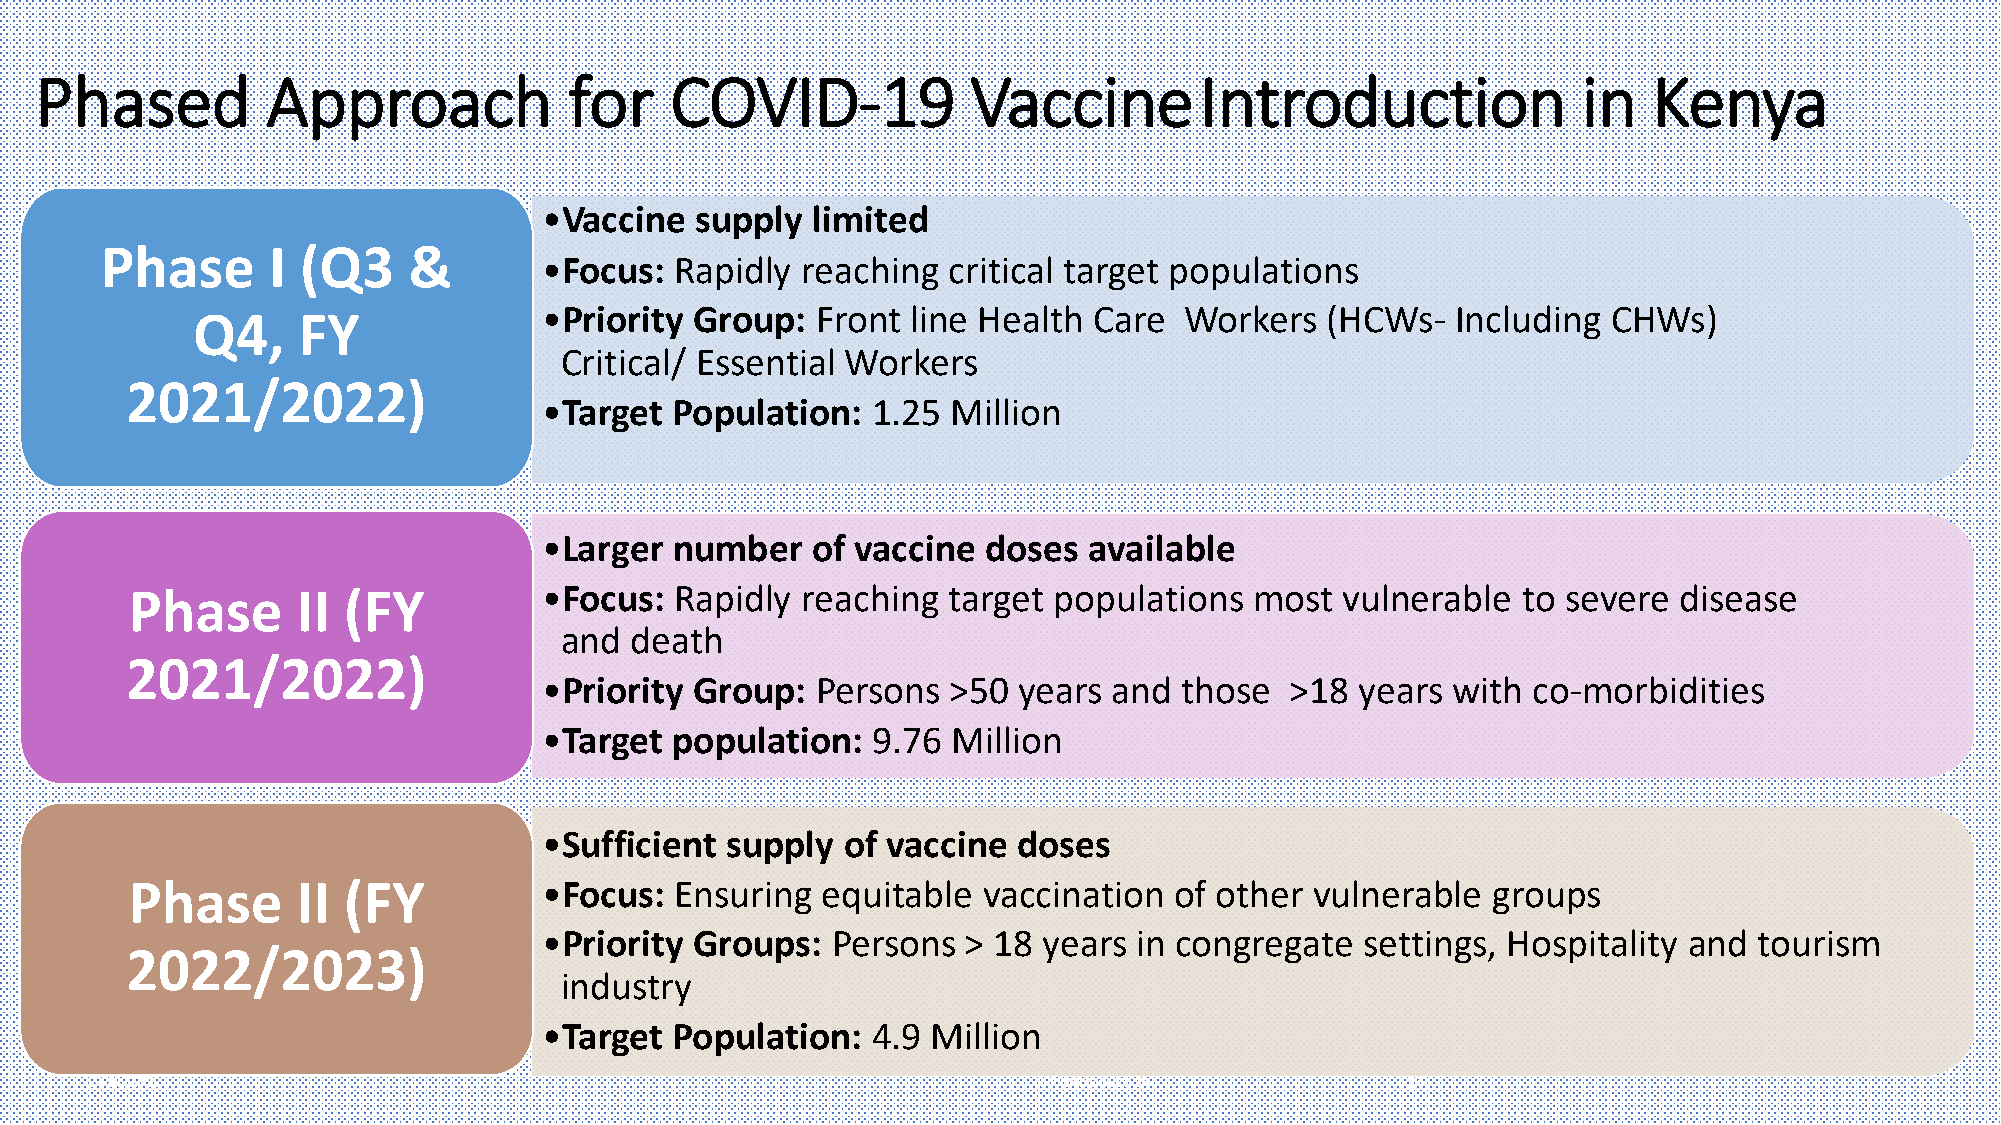
Phased          Approach            for   COVID-19            VaccineIntroduction                      in  Kenya
 •Vaccine  supply  limited
 Phase      I (Q3    &
 •Focus:  Rapidly reaching  critical target populations
 Q4,    FY              •Priority Group:  Front line Health Care  Workers   (HCWs-  Including  CHWs)
 Critical/ Essential Workers
 2021/2022)
 •Target Population:   1.25 Million
 •Larger  number   of vaccine doses  available
 Phase       II (FY          •Focus:  Rapidly reaching  target populations  most  vulnerable  to severe disease
 and  death
 2021/2022)
 •Priority Group:  Persons  >50 years  and those  >18  years with co-morbidities
 •Target population:   9.76 Million
 •Sufficient supply  of vaccine doses
 Phase       II (FY          •Focus:  Ensuring equitable  vaccination  of other vulnerable  groups
 •Priority Groups:  Persons  > 18 years in congregate  settings, Hospitality and tourism
 2022/2023)
 industry
 •Target Population:   4.9 Million
 3/24/2021                                                      IPV introduction        14